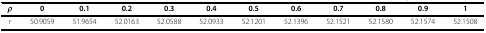
<table><thead><tr><td><b><i>ρ</i></b></td><td><b>0</b></td><td><b>0.1</b></td><td><b>0.2</b></td><td><b>0.3</b></td><td><b>0.4</b></td><td><b>0.5</b></td><td><b>0.6</b></td><td><b>0.7</b></td><td><b>0.8</b></td><td><b>0.9</b></td><td><b>1</b></td></tr></thead><tbody><tr><td><i>r</i></td><td>50.9059</td><td>51.9654</td><td>52.0163</td><td>52.0588</td><td>52.0933</td><td>52.1201</td><td>52.1396</td><td>52.1521</td><td>52.1580</td><td>52.1574</td><td>52.1508</td></tr></tbody></table>